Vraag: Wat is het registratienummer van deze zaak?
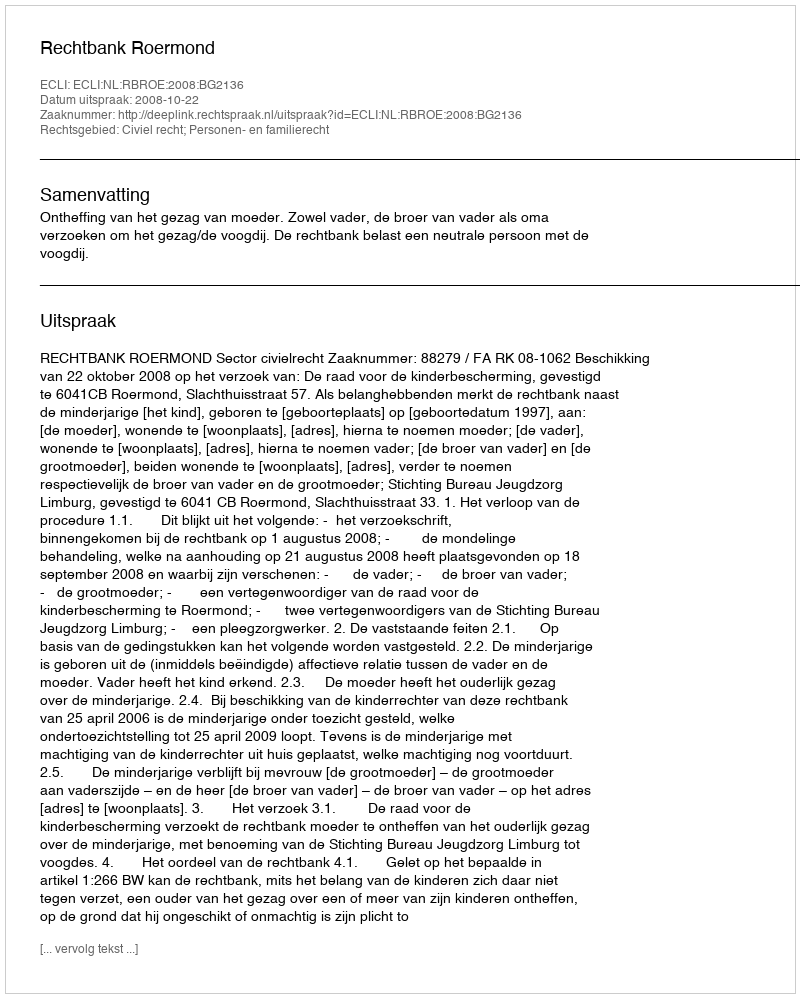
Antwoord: http://deeplink.rechtspraak.nl/uitspraak?id=ECLI:NL:RBROE:2008:BG2136